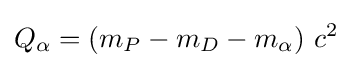
Q{_{\alpha }}=(m_{P}-m_{D}-m_{\alpha })\ c^{2}